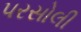
પરસોલી